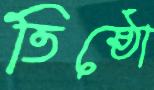
তিষ্ঠো